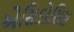
એસિડોસિસ